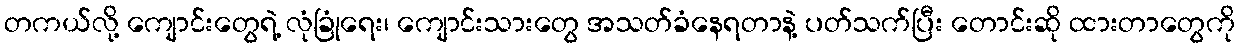
တကယ်လို့ ကျောင်းတွေရဲ့ လုံခြုံရေး၊ ကျောင်းသားတွေ အသတ်ခံနေရတာနဲ့ ပတ်သက်ပြီး တောင်းဆို ထားတာတွေကို